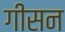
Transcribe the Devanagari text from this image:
गीसन